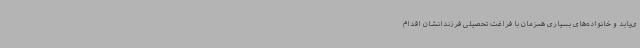
ی‌یابد و خانواده‌های بسیاری همزمان با فراغت تحصیلی فرزندانشان اقدام